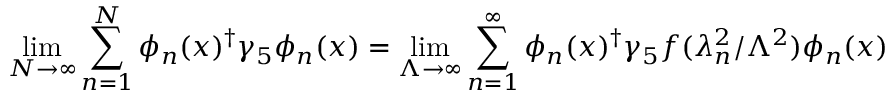
\operatorname * { l i m } _ { N { \rightarrow } \infty } \sum _ { n = 1 } ^ { N } \phi _ { n } ( x ) ^ { \dag } \gamma _ { 5 } \phi _ { n } ( x ) = \operatorname * { l i m } _ { \Lambda \rightarrow \infty } \sum _ { n = 1 } ^ { \infty } \phi _ { n } ( x ) ^ { \dag } \gamma _ { 5 } f ( \lambda _ { n } ^ { 2 } / \Lambda ^ { 2 } ) \phi _ { n } ( x )